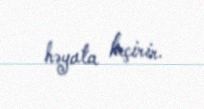
həyata keçirir.